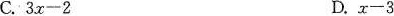
C. $$3 x - 2$$ D.$$x - 3$$